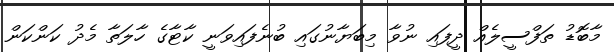
މާބޮޑު ތަފްސީލެއް ދީފައި ނުވާ މިބަޔާނުގައި ބުނެފައިވަނީ ކާޓާގެ ހާލަތާ މެދު ކަންކަން